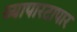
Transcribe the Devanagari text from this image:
व्यापारटापार